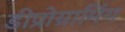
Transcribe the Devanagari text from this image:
डीप्रोग्रामिंग